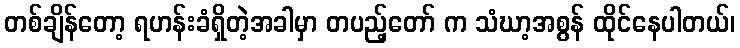
တစ်ချိန်တော့ ရဟန်းခံရှိတဲ့အခါမှာ တပည့်တော် က သံဃာ့အစွန် ထိုင်နေပါတယ်၊